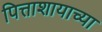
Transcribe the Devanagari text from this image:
पित्ताशायाच्या